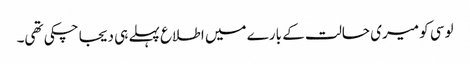
لوسی کو میری حالت کے بارے میں اطلاع پہلے ہی دیجا چکی تھی۔